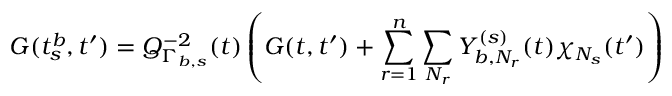
G ( t _ { s } ^ { b } , t ^ { \prime } ) = Q _ { \Gamma _ { b , s } } ^ { - 2 } ( t ) \left( G ( t , t ^ { \prime } ) + \sum _ { r = 1 } ^ { n } \sum _ { N _ { r } } Y _ { b , N _ { r } } ^ { ( s ) } ( t ) \chi _ { N _ { s } } ( t ^ { \prime } ) \right)